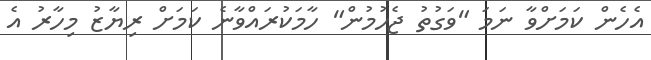
އެހެން ކަމަށްވާ ނަމަ "ވަގުތު ޖެހުމުން" ހާމަކުރައްވާނެ ކަމަށް ރިޔާޒު މިހާރު އެ